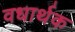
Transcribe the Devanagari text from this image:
वधार्थक